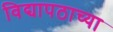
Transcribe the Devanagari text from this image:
विद्यापठाच्या